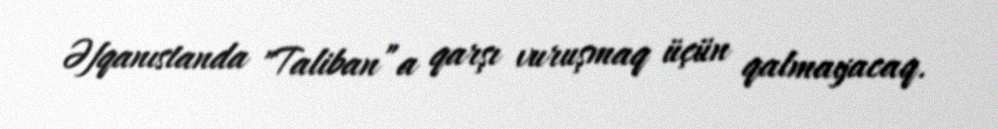
Əfqanıstanda "Taliban”a qarşı vuruşmaq üçün qalmayacaq.